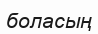
боласың